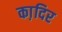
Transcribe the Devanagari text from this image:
का़दिर